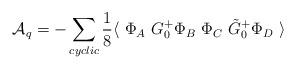
LaTeX: \begin{align*}{\cal A}_q = -\sum_{cyclic}\frac{1}{8} \langle~\Phi_A ~G_0^+ \Phi_B ~\Phi_C ~\tilde G_0^+ \Phi_D ~\rangle\end{align*}